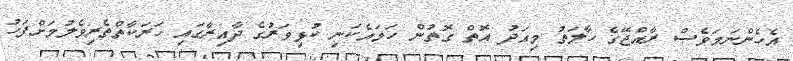
އެހެންނަމަވެސް ރާއްޖޭގެ ހާލަތު މިއަދު އޮތް ގޮތުން ހަމައެކަނި ކުޅިވަރުގެ ދާއިރާގައި ހަރަކާތްތެރިވެލުމަށްފަހު